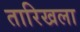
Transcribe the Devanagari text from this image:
तारिखला